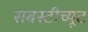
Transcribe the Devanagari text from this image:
सबस्टीच्यूट